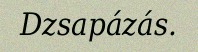
Dzsapázás.